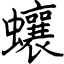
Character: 蠰